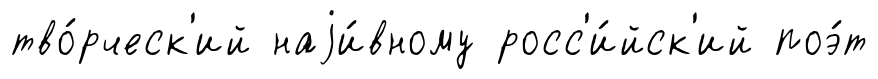
тво́рческ'ий наjи́вному росс'и́йск'ий поэ́т